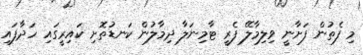
މި ފެތުން ފަށާނީ ވިލިމާލޭ ފެރީ ޓާމިނަލާ ދިމާލުން ކަނޑުތޮށި ކައިރީގައި ހަދާފައި